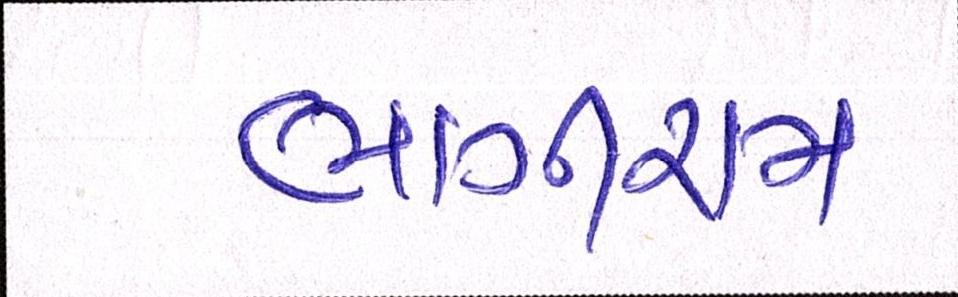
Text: ભાગીરામ